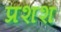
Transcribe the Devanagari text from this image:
प्रशश